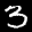
Label: 3